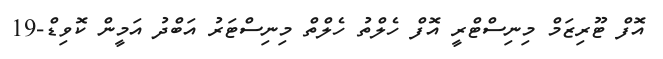
އޮފް ޓޫރިޒަމް މިނިސްޓްރީ އޮފް ހެލްތު ހެލްތް މިނިސްޓަރު އަބްދު އަމީން ކޮވިޑް-19